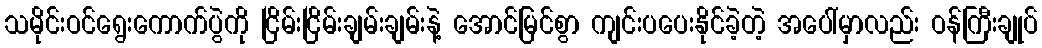
သမိုင်းဝင်ရွေးကောက်ပွဲကို ငြိမ်းငြိမ်းချမ်းချမ်းနဲ့ အောင်မြင်စွာ ကျင်းပပေးနိုင်ခဲ့တဲ့ အပေါ်မှာလည်း ဝန်ကြီးချုပ်